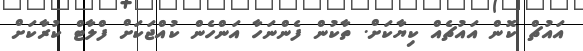
އައުޗް ކޮން އައުޗެއް ކިޔާކަށް. ތާކުން ފެންނަހާ އަންހެން ކުއްޖަކަށް ފްލާޓް ކުރާކަށް